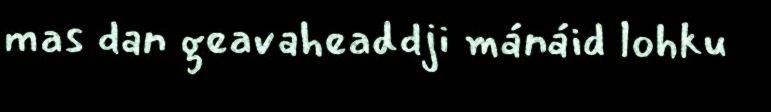
mas dan geavaheaddji mánáid lohku